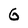
Character: 6